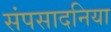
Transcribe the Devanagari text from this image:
संपसादनिया